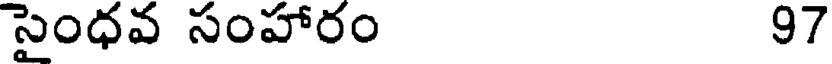
సైంధవ సంహారం 97